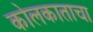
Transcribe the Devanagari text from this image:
कोलकाताचा